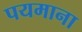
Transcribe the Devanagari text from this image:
पयमाना